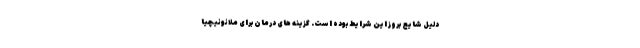
دلیل شایع بروز این شرایط بوده است. گزینه های درمان برای ملانونیچیا